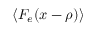
\left\langle F _ { e } ( x - \rho ) \right\rangle